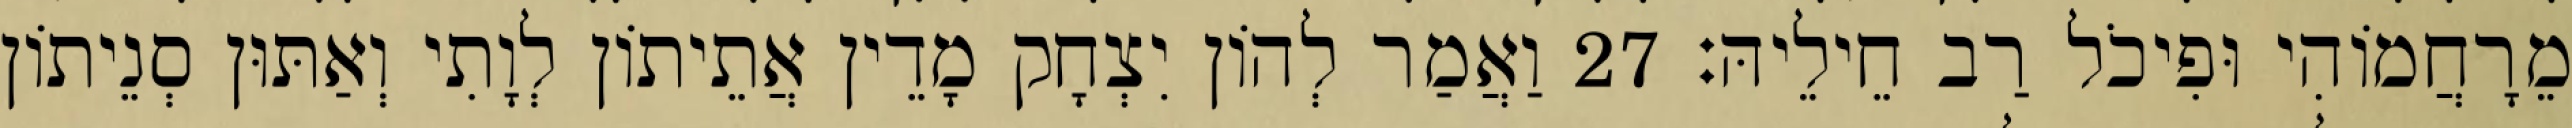
מֵרָחֲמוֹהִי וּפִיכֹל רַב חֵילֵיהּ׃ 27 וַאֲמַר לְהוֹן יִצְחָק מָדֵין אֲתֵיתוֹן לְוָתִי וְאַתּוּן סְנֵיתוֹן